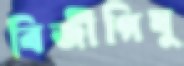
বিজীগিষু